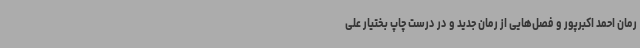
رمان احمد اکبرپور و فصل‌هایی از رمان جدید و در درست چاپ بختیار علی